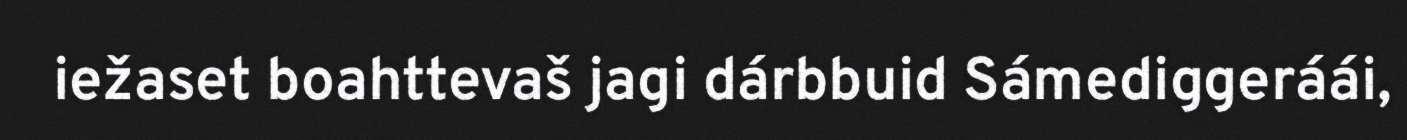
iežaset boahttevaš jagi dárbbuid Sámediggeráái,